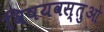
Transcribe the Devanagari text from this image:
विषयवस्तुओ